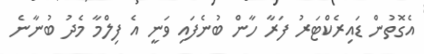
އެގޮތުން ޑައިރެކްޓަރު ފަރާ ހާން ބުނެފައި ވަނީ އެ ފިލްމާ މެދު ބުނާނެ